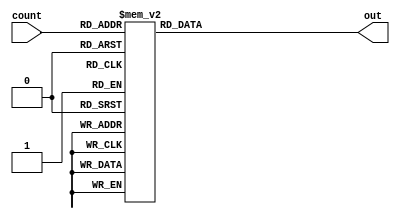
module SevenDisplay(
    input [3:0] count,   // 4-bit binary count input
    output reg [6:0] out // 7-segment display output, active low
);
    always @(*) begin
        case(count)
            // GFEDCBA - Segments turned on (0 = on, 1 = off)
            4'h0: out = 7'b1000000; // 0
            4'h1: out = 7'b1111001; // 1
            4'h2: out = 7'b0100100; // 2
            4'h3: out = 7'b0110000; // 3
            4'h4: out = 7'b0011001; // 4
            4'h5: out = 7'b0010010; // 5
            4'h6: out = 7'b0000010; // 6
            4'h7: out = 7'b1111000; // 7
            4'h8: out = 7'b0000000; // 8
            4'h9: out = 7'b0010000; // 9
            4'hA: out = 7'b0001000; // A
            4'hB: out = 7'b0000011; // b
            4'hC: out = 7'b1000110; // C
            4'hD: out = 7'b0100001; // d
            4'hE: out = 7'b0000110; // E
            4'hF: out = 7'b0001110; // F
            default: out = 7'b1111111; // Turn off all segments for undefined states
        endcase
    end
endmodule